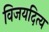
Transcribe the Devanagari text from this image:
विजयदित्य